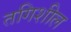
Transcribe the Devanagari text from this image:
तगिशील